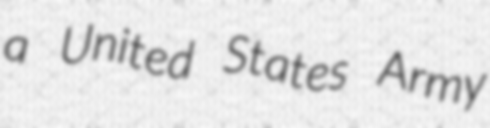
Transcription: a United States Army